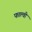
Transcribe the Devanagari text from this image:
फाल्वी